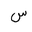
Letter: _sin